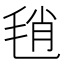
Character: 𣭱